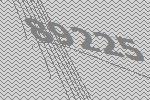
89225